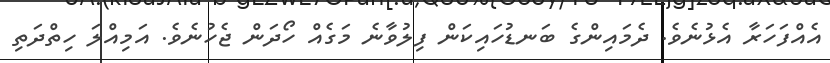
އެއްފަހަރާ އެޅުނެވެ. ދެމައިންގެ ބަނޑުހައިކަން ފިލުވާނެ މަގެއް ހޯދަން ޖެހުނެވެ. އަމިއްލަ ހިތްދަތި